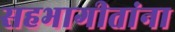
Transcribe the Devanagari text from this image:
सहभागीतांना